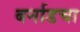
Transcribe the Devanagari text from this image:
बर्नाडचा